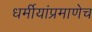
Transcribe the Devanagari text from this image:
धर्मीयांप्रमाणेच